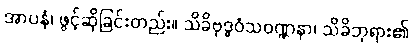
အာပနံ၊ ဖွင့်ဆိုခြင်းတည်း။ သိခိဗုဒ္ဓဝံသဝဏ္ဏနာ၊ သိခိဘုရား၏